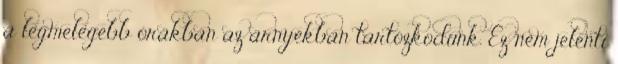
a legmelegebb órákban az árnyékban tartózkodunk. Ez nem jelenti